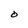
Character: O